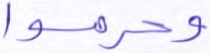
وحرموا